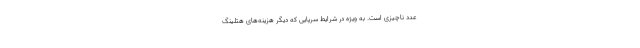
عدد ناچیزی است. به ویژه در شرایط سرپایی که دیگر هزینه‌های هتلینگ